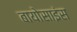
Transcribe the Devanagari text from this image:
बायोसाइंस